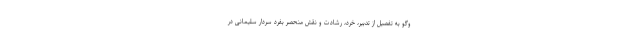
وگو به تفصیل از تدبیر، خرد، رشادت و نقش منحصر بفرد سردار سلیمانی در